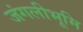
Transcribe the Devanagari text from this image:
जंगलीभूमि